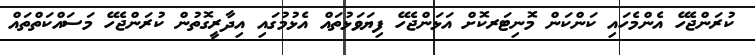
ކުރަންޖެހޭ އެންމެހައި ކަންކަން މޮނިޓަރކޮށް އަޅަންޖެހޭ ފިޔަވަޅުތައް އެޅުމުގައި އިދާރީގޮތުން ކުރަންޖެހޭ މަސައްކަތްތައް